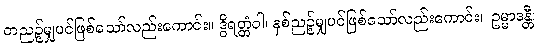
တညဉ့်မျှပင်ဖြစ်သော်လည်းကောင်း။ ဒွိရတ္တံဝါ၊ နှစ်ညဉ့်မျှပင်ဖြစ်သော်လည်းကောင်း။ ဥမ္မာဒန္တီ၊